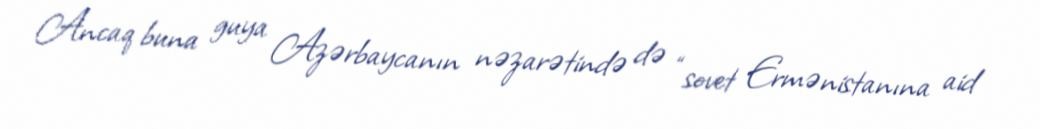
Ancaq buna guya Azərbaycanın nəzarətində də “sovet Ermənistanına aid